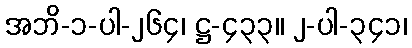
အဘိ-၁-ပါ-၂၆၄၊ ဋ္ဌ-၄၃၃။ ၂-ပါ-၃၄၁၊